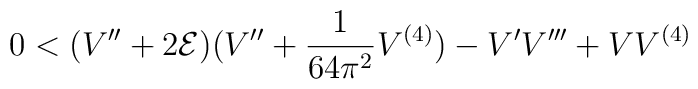
0<(V''+2{\cal E})(V''+\frac{1}{64\pi^2}V^{(4)})-V'V'''+VV^{(4)}